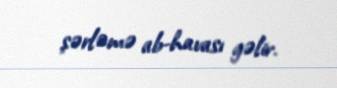
şərləmə ab-havası gəlir.